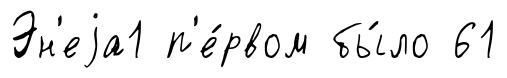
Эн'еjа1 п'е́рвом бы́ло 61